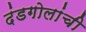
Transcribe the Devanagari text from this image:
दंडगोलांची